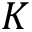
K